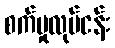
စက်မှုလုပ်ငန်း